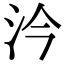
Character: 汵